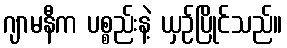
ဂျာမနီက ပစ္စည်းနဲ့ ယှဉ်ပြိုင်သည်။